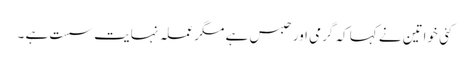
کئی خواتین نے کہا کہ گرمی اور حبس ہے مگر عملہ نہایت سست ہے ۔